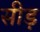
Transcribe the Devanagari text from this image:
सीड़